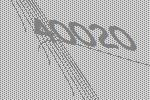
40020